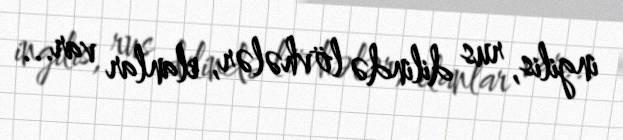
ingilis, rus dilində lövhələr, elanlar var...